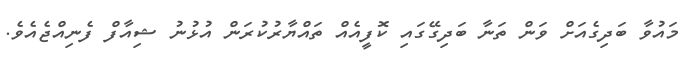
މައުވާ ބަދިގެއަށް ވަން ތަނާ ބަދިގޭގައި ކޮފީއެއް ތައްޔާރުކުރަން އުޅުނު ޝިއާފް ފެނިއްޖެއެވެ.